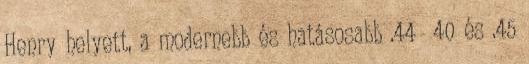
Henry helyett, a modernebb és hatásosabb .44 40 és .45